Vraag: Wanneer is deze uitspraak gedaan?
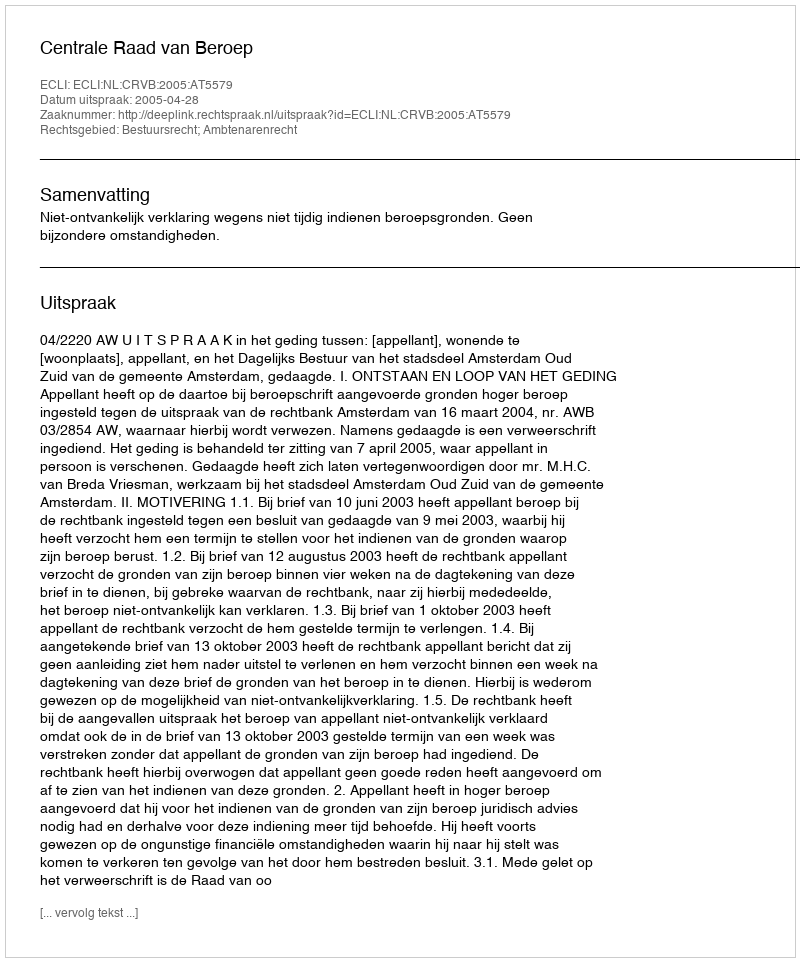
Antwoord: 2005-04-28